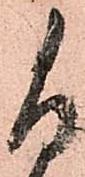
尚